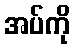
အပ်ကို